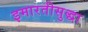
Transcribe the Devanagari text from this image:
इमारतीसुद्धा